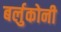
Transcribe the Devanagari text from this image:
बर्लुकोनी